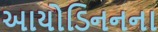
આયોડિનનના